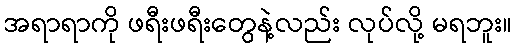
အရာရာကို ဖရီးဖရီးတွေနဲ့လည်း လုပ်လို့ မရဘူး။